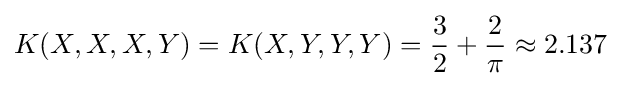
K(X,X,X,Y)=K(X,Y,Y,Y)={\frac {3}{2}}+{\frac {2}{\pi }}\approx 2.137